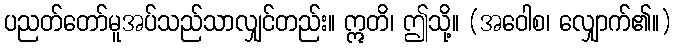
ပညတ်တော်မူအပ်သည်သာလျှင်တည်း။ ဣတိ၊ ဤသို့။ (အဝေါစ၊ လျှောက်၏။)